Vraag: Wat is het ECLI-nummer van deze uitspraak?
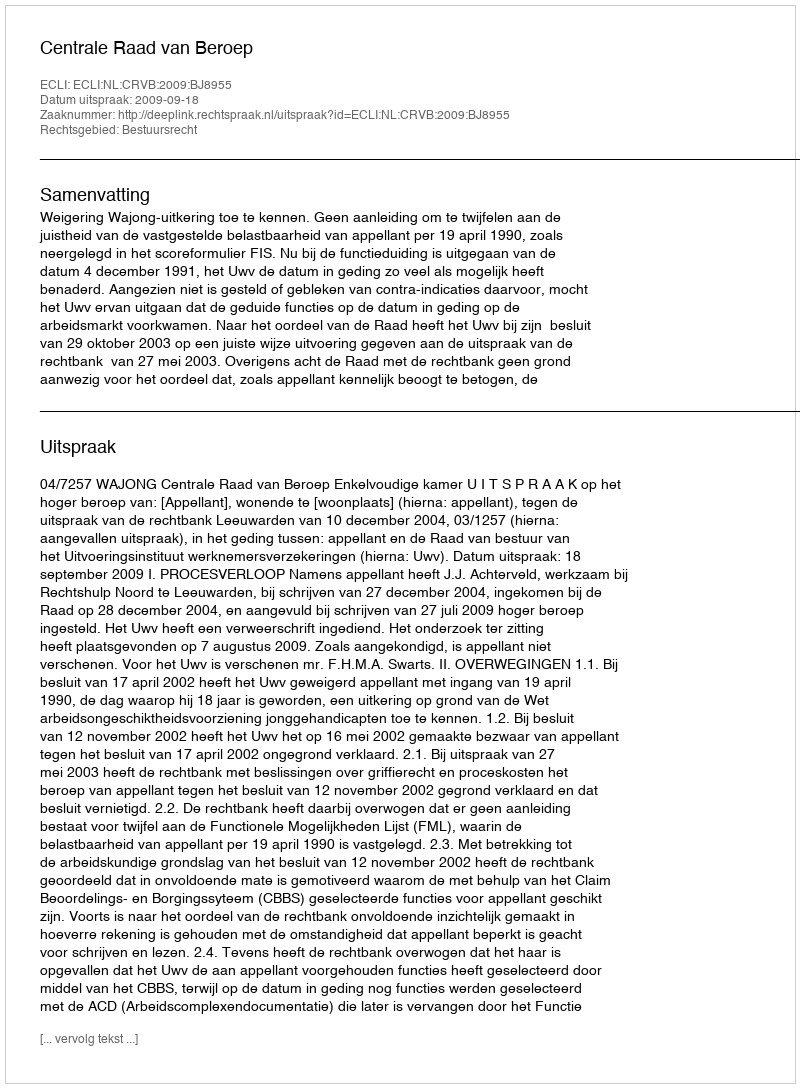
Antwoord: ECLI:NL:CRVB:2009:BJ8955